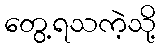
တွေ့ရသကဲ့သို့